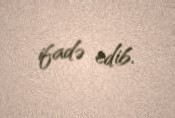
ifadə edib.